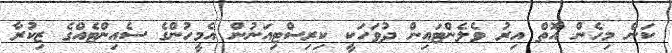
ކަން މިހެން އޮތް އިރު ވެލެންޓައިން ދުވަހަކީ ކިރިސްޓިއަނުން އެމީހުންގެ ސެއިންޓެއްގެ ޒިކުރާ